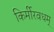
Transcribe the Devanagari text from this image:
किर्मीरवधम्